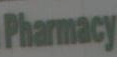
Pharmacy